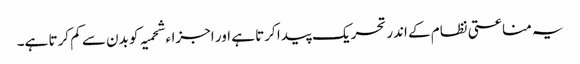
یہ مناعتی نظام کے اندر تحریک پیدا کرتا ہے اور اجزاء شحمیہ کو بدن سے کم کرتا ہے۔